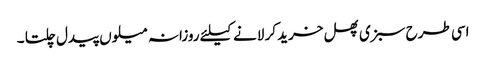
اسی طرح سبزی پھل خرید کر لانے کیلئے روزانہ میلوں پیدل چلتا ۔